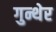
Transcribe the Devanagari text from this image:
गुन्थेर